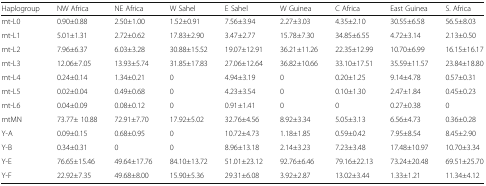
<table><thead><tr><td><b>Haplogroup</b></td><td><b>NW Africa</b></td><td><b>NE Africa</b></td><td><b>W Sahel</b></td><td><b>E Sahel</b></td><td><b>W Guinea</b></td><td><b>C Africa</b></td><td><b>East Guinea</b></td><td><b>S. Africa</b></td></tr></thead><tbody><tr><td>mt-L0</td><td>0.90±0.88</td><td>2.50±1.00</td><td>1.52±0.91</td><td>7.56±3.94</td><td>2.27±3.03</td><td>4.35±2.10</td><td>30.55±6.58</td><td>56.5±8.03</td></tr><tr><td>mt-L1</td><td>5.01±1.31</td><td>2.72±0.62</td><td>17.83±2.90</td><td>3.47±2.77</td><td>15.78±7.30</td><td>34.85±6.55</td><td>4.72±3.14</td><td>2.13±0.50</td></tr><tr><td>mt-L2</td><td>7.96±6.37</td><td>6.03±3.28</td><td>30.88±15.52</td><td>19.07±12.91</td><td>36.21±11.26</td><td>22.35±12.99</td><td>10.70±6.99</td><td>16.15±16.17</td></tr><tr><td>mt-L3</td><td>12.06±7.05</td><td>13.93±5.74</td><td>31.85±17.83</td><td>27.06±12.64</td><td>36.82±10.66</td><td>33.10±17.51</td><td>35.59±11.57</td><td>23.84±18.80</td></tr><tr><td>mt-L4</td><td>0.24±0.14</td><td>1.34±0.21</td><td>0</td><td>4.94±3.19</td><td>0</td><td>0.20±1.25</td><td>9.14±4.78</td><td>0.57±0.31</td></tr><tr><td>mt-L5</td><td>0.02±0.04</td><td>0.49±0.68</td><td>0</td><td>4.23±3.54</td><td>0</td><td>0.10±1.30</td><td>2.47±1.84</td><td>0.45±0.23</td></tr><tr><td>mt-L6</td><td>0.04±0.09</td><td>0.08±0.12</td><td>0</td><td>0.91±1.41</td><td>0</td><td>0</td><td>0.27±0.38</td><td>0</td></tr><tr><td>mtMN</td><td>73.77± 10.88</td><td>72.91±7.70</td><td>17.92±5.02</td><td>32.76±4.56</td><td>8.92±3.34</td><td>5.05±3.13</td><td>6.56±4.73</td><td>0.36±0.28</td></tr><tr><td>Y-A</td><td>0.09±0.15</td><td>0.68±0.95</td><td>0</td><td>10.72±4.73</td><td>1.18±1.85</td><td>0.59±0.42</td><td>7.95±8.54</td><td>8.45±2.90</td></tr><tr><td>Y-B</td><td>0.34±0.31</td><td>0</td><td>0</td><td>8.96±13.18</td><td>2.14±3.23</td><td>7.23±3.48</td><td>17.48±10.97</td><td>10.70±3.34</td></tr><tr><td>Y-E</td><td>76.65±15.46</td><td>49.64±17.76</td><td>84.10±13.72</td><td>51.01±23.12</td><td>92.76±6.46</td><td>79.16±22.13</td><td>73.24±20.48</td><td>69.51±25.70</td></tr><tr><td>Y-F</td><td>22.92±7.35</td><td>49.68±8.00</td><td>15.90±5.36</td><td>29.31±6.08</td><td>3.92±2.87</td><td>13.02±3.44</td><td>1.33±1.21</td><td>11.34±4.12</td></tr></tbody></table>